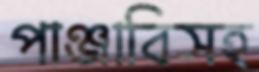
পাঞ্জাবিসহ